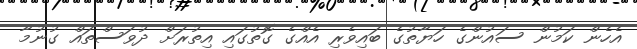
އެހެން ކަމުން ސައުންގެ ހަޔާތުގެ ބައިވެރި އެއްގެ ގޮތުގައި އިތުރަށް ދުވަސްތައް ގުނުމާ